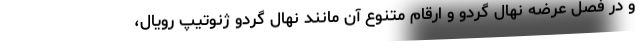
و در فصل عرضه نهال گردو و ارقام متنوع آن مانند نهال گردو ژنوتیپ رویال،